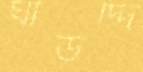
ঘাড়দ্দি